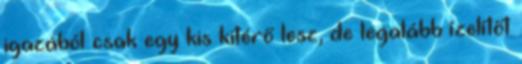
igazából csak egy kis kitérő lesz, de legalább ízelítőt